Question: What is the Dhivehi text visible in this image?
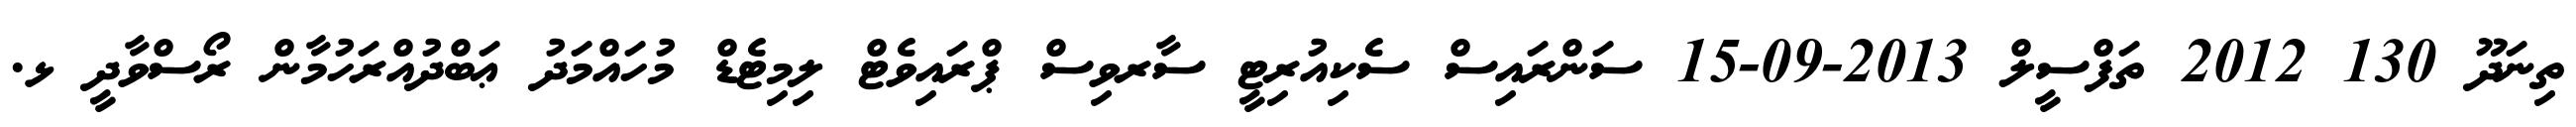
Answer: ތިނަދޫ 130 2012 ތަފްސީލް 2013-09-15 ސަންރައިސް ސެކިއުރިޓީ ސާރވިސް ޕްރައިވެޓް ލިމިޓެޑް މުހައްމަދު ޢަބްދުއްރަހުމާން ރޯސްވާދީ ޅ.